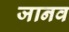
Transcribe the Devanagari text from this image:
जानव